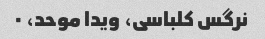
نرگس کلباسی، ویدا موحد، ۰